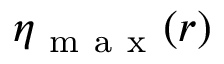
\eta _ { \mathrm { ~ m ~ a ~ x ~ } } ( r )